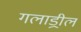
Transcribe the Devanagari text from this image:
गलाड्रील